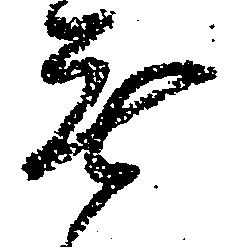
無